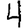
Digit: 4